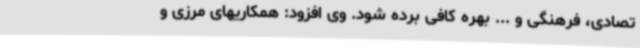
تصادی، فرهنگی و ... بهره کافی برده شود. وی افزود: همکاریهای مرزی و